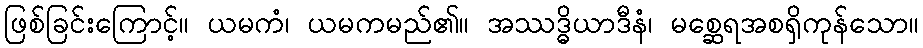
ဖြစ်ခြင်းကြောင့်။ ယမကံ၊ ယမကမည်၏။ အဿဒ္ဓိယာဒီနံ၊ မစ္ဆေရအစရှိကုန်သော။